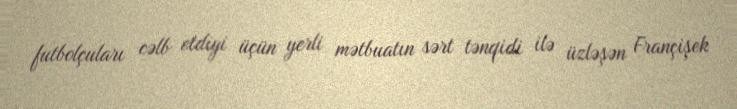
futbolçuları cəlb etdiyi üçün yerli mətbuatın sərt tənqidi ilə üzləşən Françişek